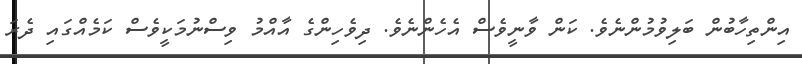
އިންތިހާބުން ބަލިވުމުންނެވެ. ކަން ވާނީވެސް އެހެންނެވެ. ދިވެހިންގެ އާއްމު ވިސްނުމަކީވެސް ކަމެއްގައި ދެރަ